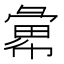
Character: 𢑭